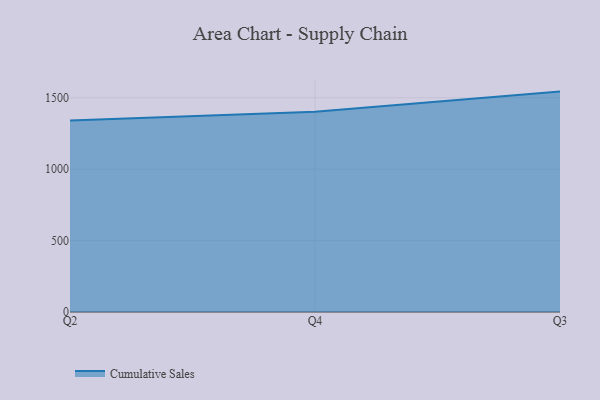
{"axis": {"x": "Quarter", "y": "Headcount"}, "legend": ["Cumulative Sales"], "data": [{"x": "Q2", "y": 1340.9, "type": "Cumulative Sales"}, {"x": "Q4", "y": 1401.5, "type": "Cumulative Sales"}, {"x": "Q3", "y": 1543.1, "type": "Cumulative Sales"}]}